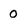
Character: 0